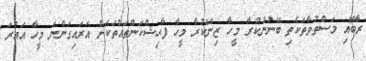
ރާބޮއި މަސްތުވާތަކެތި ބޭނުންކުރާ މީހާ ޒިނޭކުރާ މީހާ ފާޙިޝްކަންތައްތަކަށް އަރައިގަންނަ މީހާ އައުރަ